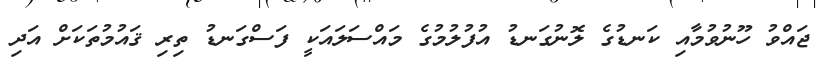
ޖައްވު ހޫނުވުމާއި ކަނޑުގެ ލޮނުގަނޑު އުފުލުމުގެ މައްސަލައަކީ ފަސްގަނޑު ތިރި ޤައުމުތަކަށް އަދި